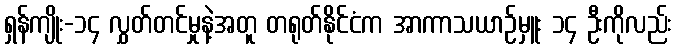
ရှန်ကျိုး-၁၄ လွှတ်တင်မှုနဲ့အတူ တရုတ်နိုင်ငံက အာကာသယာဉ်မှူး ၁၄ ဦးကိုလည်း